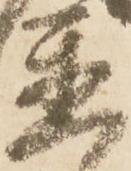
置